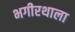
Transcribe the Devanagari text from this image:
भगीरथाला